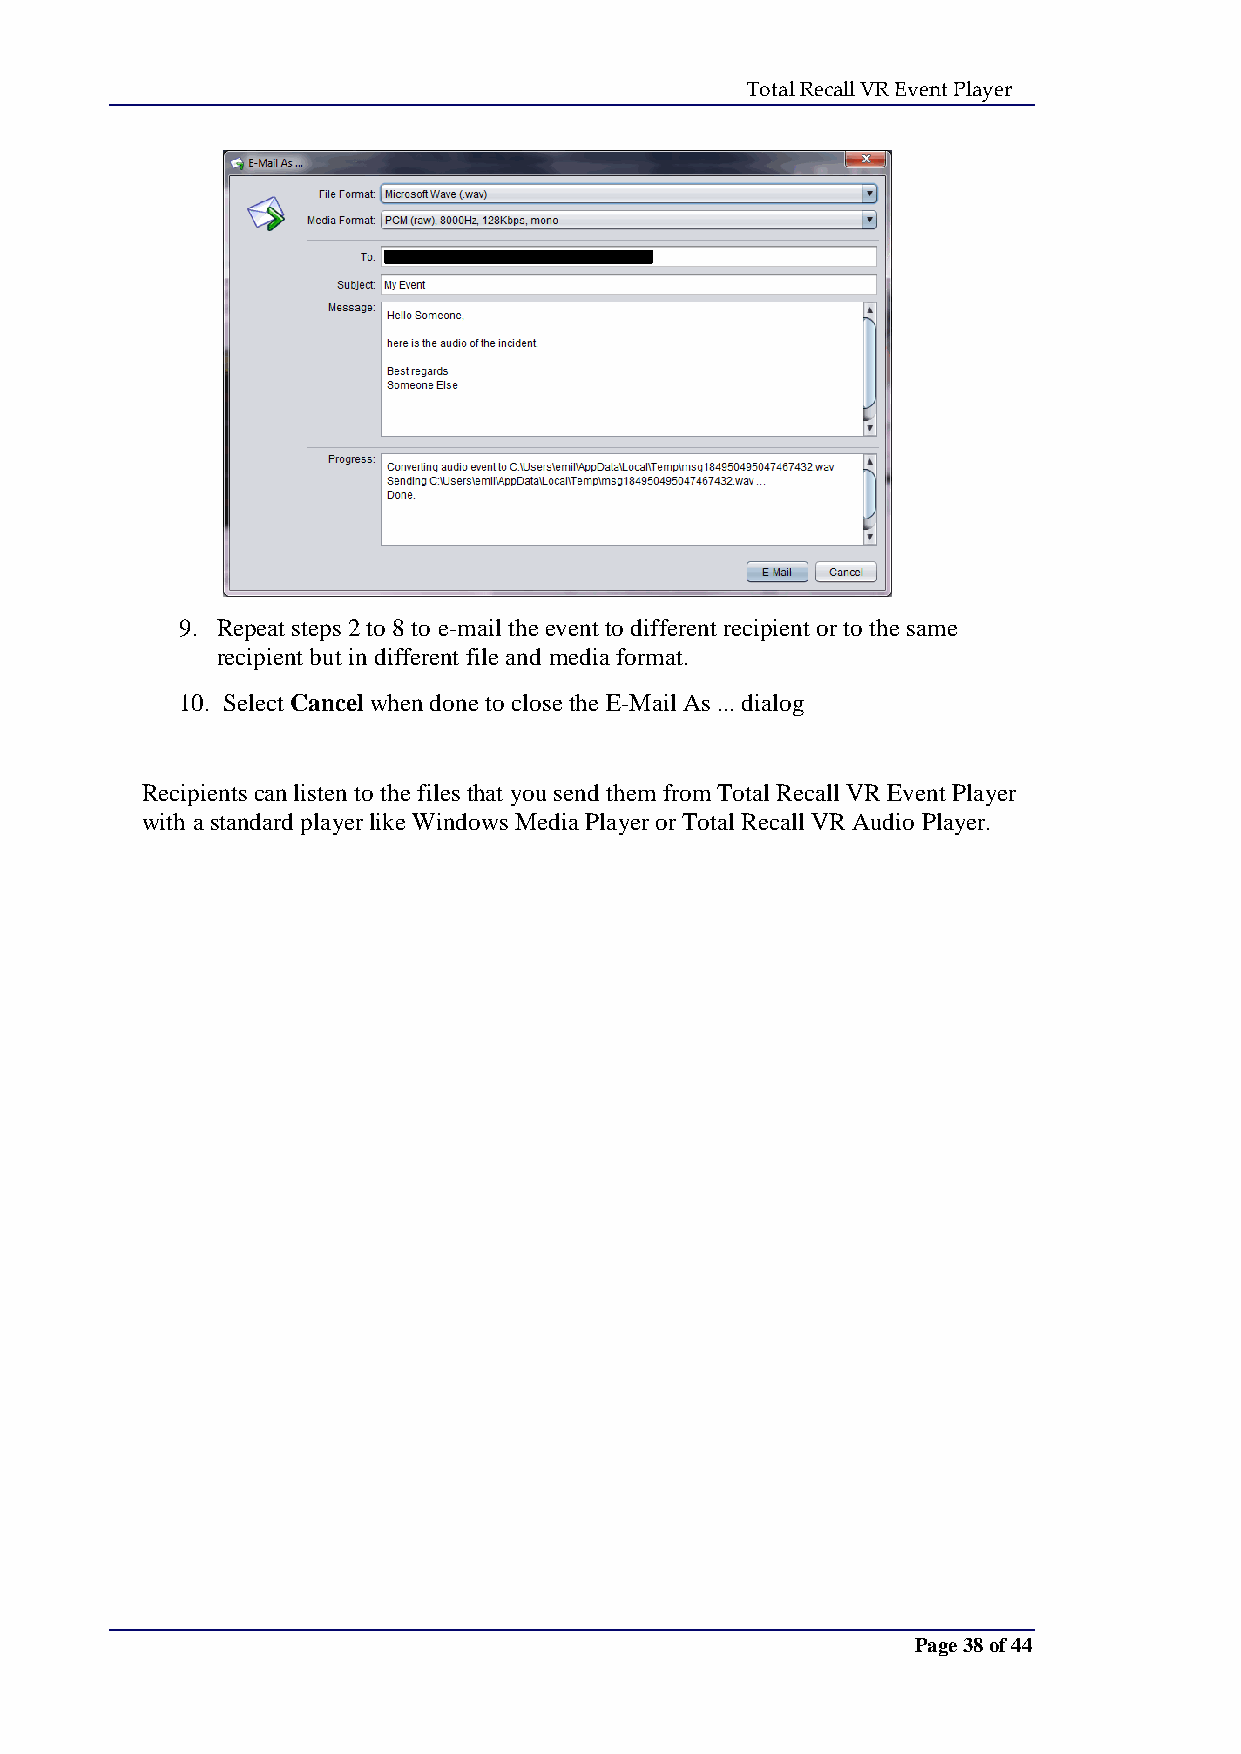
Total Recall VR Event Player
 9. Repeat steps 2 to 8 to e-mail the event to different recipient or to the same
 recipient but in different file and media format.
 10. Select Cancel when done to close the E-Mail As ... dialog
 Recipients can listen to the files that you send them from Total Recall VR Event Player
 with a standard player like Windows Media Player or Total Recall VR Audio Player.
 Page 38 of 44